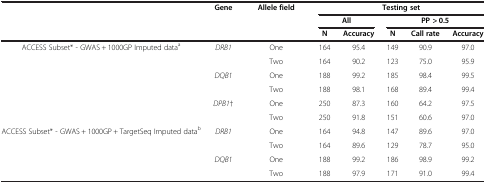
<table><thead><tr><td><b> </b></td><td><b>Gene</b></td><td><b>Allele field</b></td><td colspan="5"><b>Testing set</b></td></tr><tr><td><b> </b></td><td><b> </b></td><td><b> </b></td><td colspan="2"><b>All</b></td><td colspan="3"><b>PP &gt; 0.5</b></td></tr><tr><td><b> </b></td><td><b> </b></td><td><b> </b></td><td><b>N</b></td><td><b>Accuracy</b></td><td><b>N</b></td><td><b>Call rate</b></td><td><b>Accuracy</b></td></tr></thead><tbody><tr><td rowspan="4">ACCESS Subset* - GWAS + 1000GP Imputed data<sup>a</sup></td><td><i>DRB1</i></td><td>One</td><td>164</td><td>95.4</td><td>149</td><td>90.9</td><td>97.0</td></tr><tr><td> </td><td>Two</td><td>164</td><td>90.2</td><td>123</td><td>75.0</td><td>95.9</td></tr><tr><td><i>DQB1</i></td><td>One</td><td>188</td><td>99.2</td><td>185</td><td>98.4</td><td>99.5</td></tr><tr><td> </td><td>Two</td><td>188</td><td>98.1</td><td>168</td><td>89.4</td><td>99.4</td></tr><tr><td> </td><td><i>DPB1</i>†</td><td>One</td><td>250</td><td>87.3</td><td>160</td><td>64.2</td><td>97.5</td></tr><tr><td> </td><td> </td><td>Two</td><td>250</td><td>91.8</td><td>151</td><td>60.6</td><td>97.0</td></tr><tr><td rowspan="4">ACCESS Subset* - GWAS + 1000GP + TargetSeq Imputed data<sup>b</sup></td><td><i>DRB1</i></td><td>One</td><td>164</td><td>94.8</td><td>147</td><td>89.6</td><td>97.0</td></tr><tr><td> </td><td>Two</td><td>164</td><td>89.6</td><td>129</td><td>78.7</td><td>95.0</td></tr><tr><td><i>DQB1</i></td><td>One</td><td>188</td><td>99.2</td><td>186</td><td>98.9</td><td>99.2</td></tr><tr><td> </td><td>Two</td><td>188</td><td>97.9</td><td>171</td><td>91.0</td><td>99.4</td></tr></tbody></table>